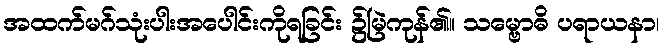
အထက်မဂ်သုံးပါးအပေါင်းကိုရခြင်း ၌မြဲကုန်၏။ သမ္ဗောဓိ ပရာယနာ၊